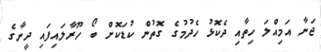
ޖަނާ އަމިއްލަ ހިތާއި ދެކޮޅު ހެދުމުގެ ގޮތުން ކުޑަކޮށް ބޯ ހޫރާލައިފައި ދީނާގެ